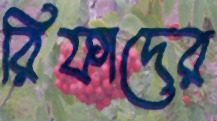
রিফাদের